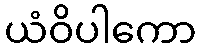
ယံဝိပါကော